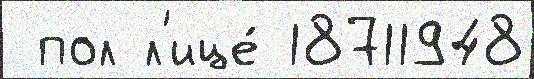
 пол л'ице́ 18711948